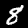
Digit: 8